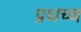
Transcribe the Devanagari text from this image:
प्रथच्च